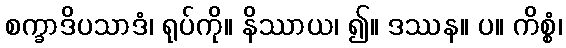
စက္ခာဒိပသာဒံ၊ ရုပ်ကို။ နိဿာယ၊ ၍။ ဒဿန။ ပ။ ကိစ္စံ၊